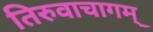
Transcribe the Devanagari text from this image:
तिरुवाचागम्‌